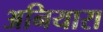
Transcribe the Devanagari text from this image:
अनियारा